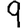
Digit: 9